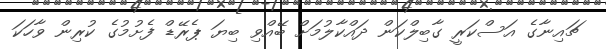
ޗައިނާގެ އަސްކަރީ ގާބިލްކަން ދައްކާލުމަށް ބޭއްވި ބިޔަ ޕެރޭޑް ފެށުމުގެ ކުރިން ވާހަކަ